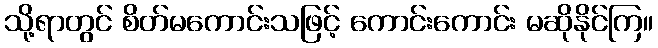
သို့ရာတွင် စိတ်မကောင်းသဖြင့် ကောင်းကောင်း မဆိုနိုင်ကြ။